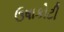
ઉષાકોટી